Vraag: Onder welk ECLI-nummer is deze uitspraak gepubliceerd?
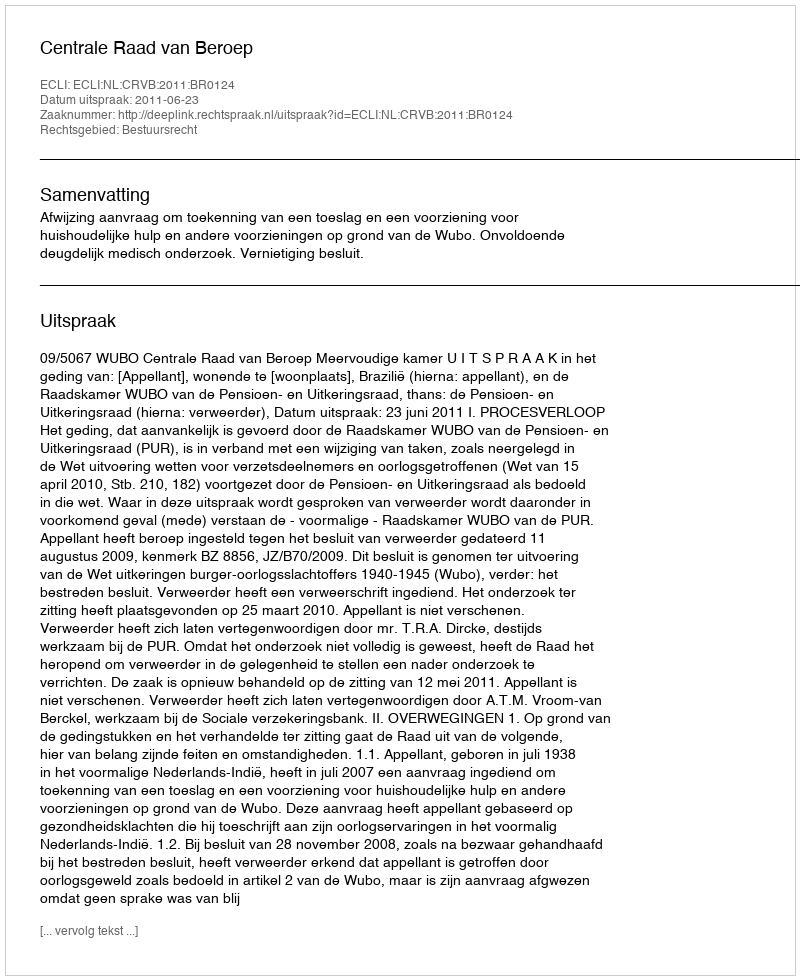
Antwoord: ECLI:NL:CRVB:2011:BR0124